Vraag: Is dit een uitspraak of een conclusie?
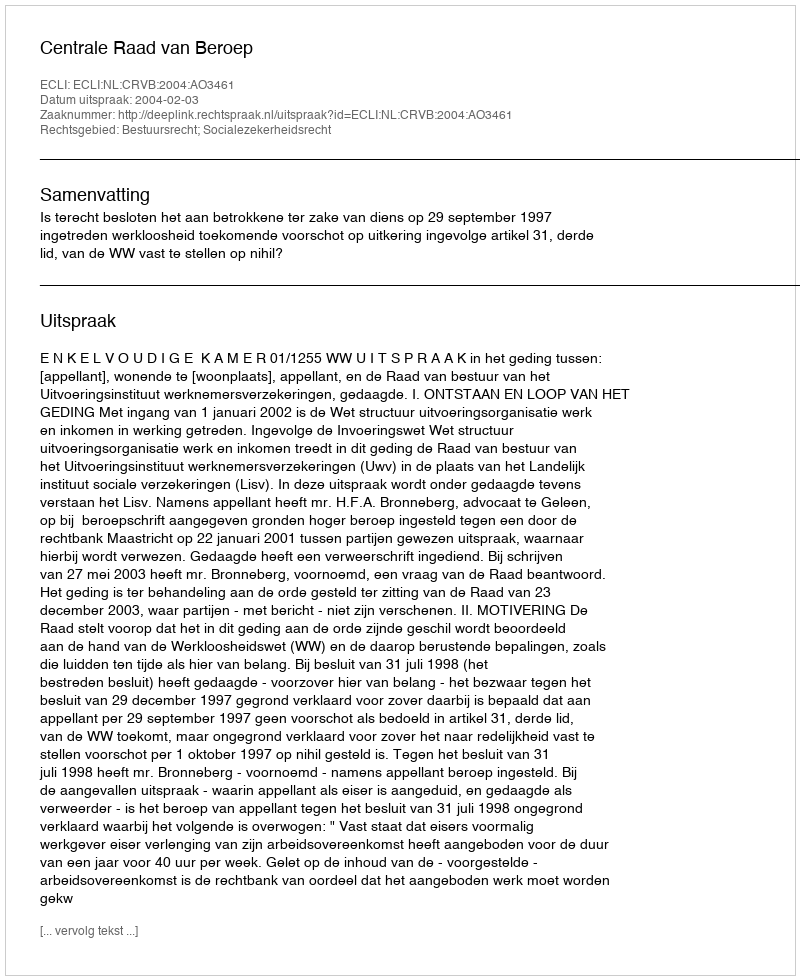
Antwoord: Uitspraak